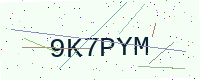
Text: 9K7PYM